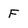
Character: F